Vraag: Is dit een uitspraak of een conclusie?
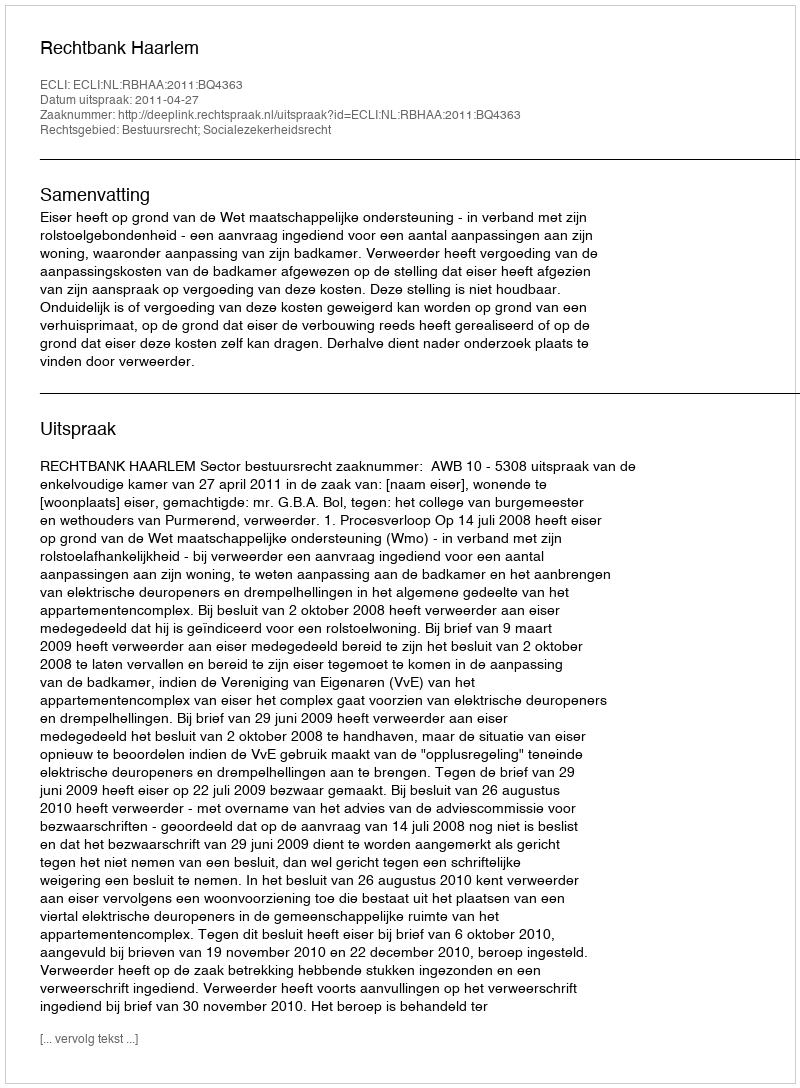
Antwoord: Uitspraak